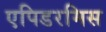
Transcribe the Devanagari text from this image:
एपिडरमिस